Leaving Certificate, 1888
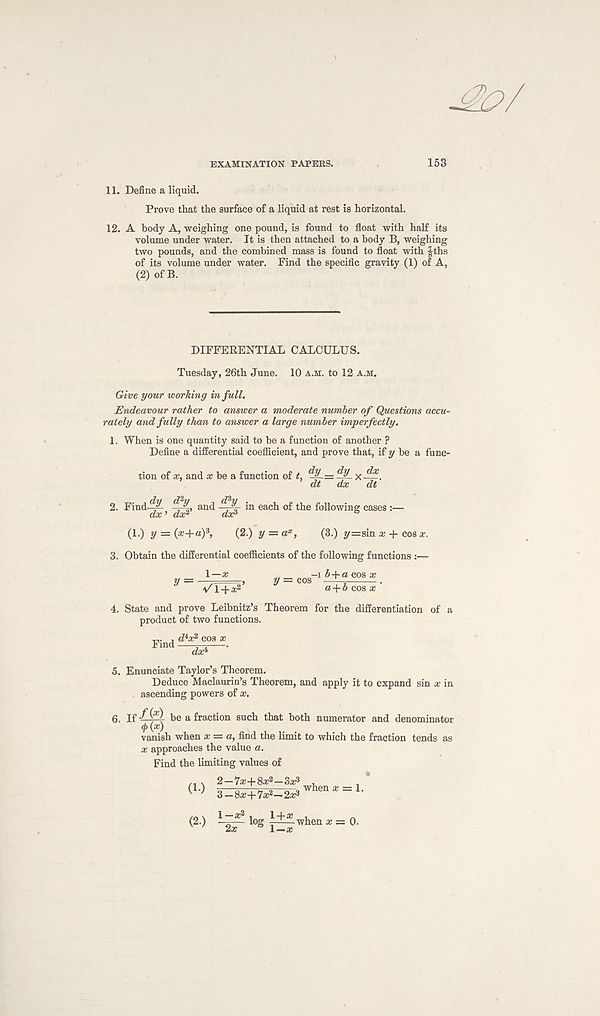
EXAMINATION PAPEES.
153
11. Define a liquid.
Prove that the surface of a liquid at rest is horizontal.
12. A body A, weighing one pound, is found to float with half its
volume under water. It is then attached to a body B, weighing
two pounds, and the combined mass is found to float with |ths
of its volume under water. Find the specific gravity (1) of A,
(2) of B.
DIFFERENTIAL CALCULUS.
Tuesday, 26th June. 10 a.m. to 12 a.m.
Give your wording in full.
Endeavour rather to answer a moderate number of Questions accu-
rately and fully than to answer a large number imperfectly.
1. When is one quantity said to be a function of another ?
Define a differential coefficient, and prove that, if y be a func-
tion of x, and a: be a function of t,
x —.
dt dx dt
2. Find-^j^ and in each of the following cases :—
(1.) y = (x+ay, (2.) y — a x , (3.) y=sin x + cos x.
3. Obtain the differential coefficients of the following functions
1—*
y ~ ~vT+P’
3s -i b+a cos x
a+b cos x ’
4. State and prove Leibnitz’s Theorem for the differentiation of a
product of two functions.
Find d^x 2 cos x
daft
5. Enunciate Taylor’s Theorem.
Deduce Maclaurin’s Theorem, and apply it to expand sin x in
ascending powers of x.
6. If
be a fraction such that both numerator and denominator
<p(x)
vanish when x = a, find the limit to which the fraction tends as
x approaches the value a.
Find the limiting values of
(1) 2 —7*+8a: 2 —3a?
3—8a:+7a: 2 —2a? when a: = 1.